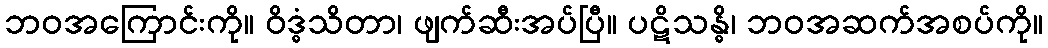
ဘဝအကြောင်းကို။ ဝိဒ္ဓံသိတာ၊ ဖျက်ဆီးအပ်ပြီ။ ပဋိသန္ဓိ၊ ဘဝအဆက်အစပ်ကို။